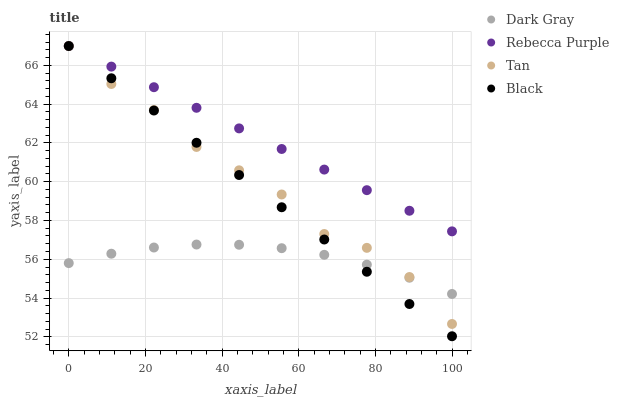
| xaxis_label | Dark Gray | Rebecca Purple | Tan | Black |
 | --- | --- | --- | --- | --- |
 | 0 | 55.8 | 67 | 67 | 67 |
 | 11.1 | 56.3 | 65.9 | 65 | 65.3 |
 | 22.2 | 56.6 | 64.9 | 63.7 | 63.7 |
 | 33.3 | 56.8 | 63.8 | 61.8 | 62 |
 | 44.4 | 56.7 | 62.8 | 60.6 | 60.3 |
 | 55.6 | 56.6 | 61.7 | 59.3 | 58.7 |
 | 66.7 | 56.2 | 60.6 | 57.3 | 57 |
 | 77.8 | 55.7 | 59.6 | 56.6 | 55.4 |
 | 88.9 | 55 | 58.5 | 55.1 | 53.7 |
 | 100 | 54.2 | 57.4 | 52.7 | 52 |